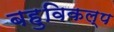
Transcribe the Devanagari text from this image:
बहुविकल्प